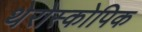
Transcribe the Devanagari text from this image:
थेरोस्कोपिक